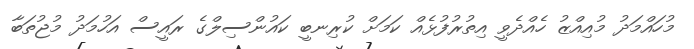
މުހައްމަދު މުއިއްޒު ހެއްދެވީ އިތުރުފުޅެއް ކަމަށް ކުރިނބީ ކައުންސިލްގެ ރައީސް އަހުމަދު މުޖުތަބާ